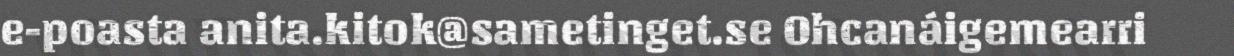
e-poasta anita.kitok@sametinget.se Ohcanáigemearri